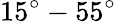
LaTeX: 15^{\circ}-55^{\circ}